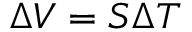
\Delta V = S \Delta T